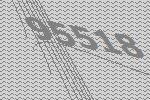
95518